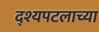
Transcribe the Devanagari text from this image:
द्श्यपटलाच्या